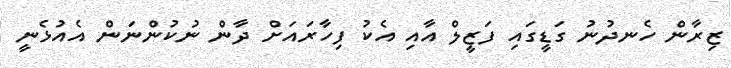
ޒިރާން ހެނދުނު ގަޑީގައި ފަޒީލް އާއި އެކު ފިހާރައަށް ދާން ނުކުންނަން އެއުޅެނީ